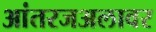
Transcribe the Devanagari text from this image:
आंतरजअलावर